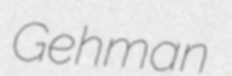
Gehman